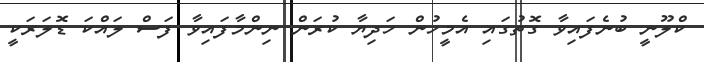
ކްލޫނީ ބުނެފައިވާ ގޮތުގައި އެމީހުން ހަދިޔާ ކުރަން ނިންމާފައިވާ ފަސް ލައްކަ ޑޮލަރަކީ